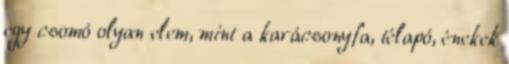
egy csomó olyan elem, mint a karácsonyfa, télapó, énekek